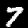
Digit: 7